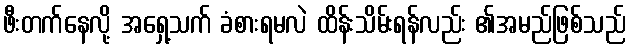
ဖီးတက်နေလို့ အရှေ့သက် ခံစားရမလဲ ထိန်းသိမ်းရန်လည်း ၏အမည်ဖြစ်သည်